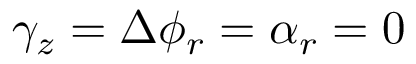
\gamma _ { z } = \Delta \phi _ { r } = \alpha _ { r } = 0